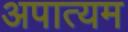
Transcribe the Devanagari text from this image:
अपात्यम